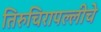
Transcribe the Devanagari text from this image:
तिरुचिरापल्लीचे